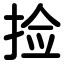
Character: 捡